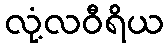
လုံ့လဝီရိယ